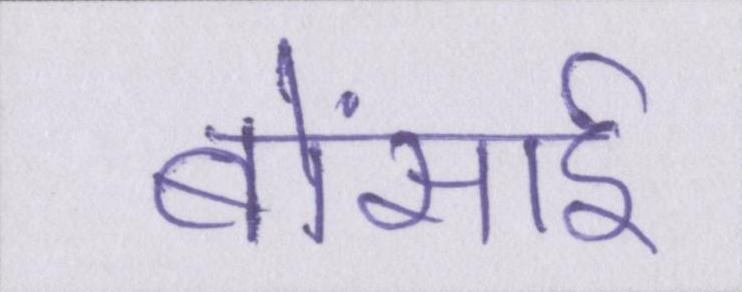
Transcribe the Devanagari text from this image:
बोंसाई